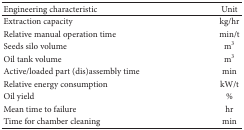
<table><thead><tr><td><b>Engineering characteristic</b></td><td><b>Unit</b></td></tr></thead><tbody><tr><td>Extraction capacity</td><td>kg/hr</td></tr><tr><td>Relative manual operation time</td><td>min/t</td></tr><tr><td>Seeds silo volume</td><td>m<sup>3</sup></td></tr><tr><td>Oil tank volume</td><td>m<sup>3</sup></td></tr><tr><td>Active/loaded part (dis)assembly time</td><td>min</td></tr><tr><td>Relative energy consumption</td><td>kW/t</td></tr><tr><td>Oil yield</td><td>%</td></tr><tr><td>Mean time to failure </td><td>hr</td></tr><tr><td>Time for chamber cleaning</td><td>min</td></tr></tbody></table>